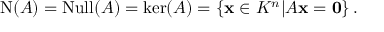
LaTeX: \operatorname { N } ( A ) = \operatorname { N u l l } ( A ) = \ker ( A ) = \left\{ \mathbf { x } \in K ^ { n } | A \mathbf { x } = \mathbf { 0 } \right\} .